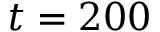
t = 2 0 0